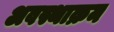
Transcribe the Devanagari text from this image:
अवस्थाक्रम